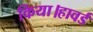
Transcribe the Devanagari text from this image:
किया।हावर्ड